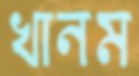
খানম